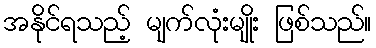
အနိုင်ရသည့် မျက်လုံးမျိုး ဖြစ်သည်။